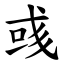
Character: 彧